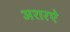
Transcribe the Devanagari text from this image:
अशरऐ